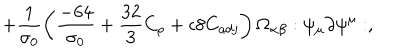
+ \frac { 1 } { \sigma _ { 0 } } \left( \frac { - 6 4 } { \sigma _ { 0 } } + \frac { 3 2 } { 3 } C _ { \rho } + \epsilon 8 C _ { a d j } \right) \Omega _ { \alpha \beta } : \psi _ { \mu } \partial \psi ^ { \mu } : ,